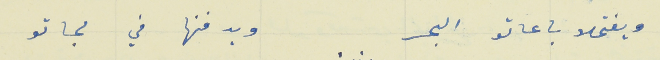
ويفتحلا باعاتو البحر                                          ويدفنها في لجاتو